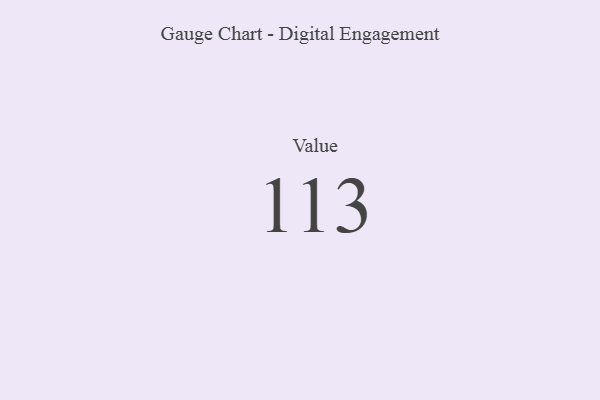
{"axis": {"x": "Metric", "y": "Value"}, "legend": [""], "data": [{"x": "Value", "y": 113, "type": ""}]}